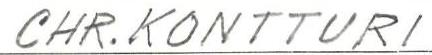
CHR. KONTTURI